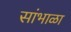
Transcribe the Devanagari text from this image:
सांभाळा